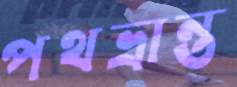
পথভ্রান্ত